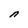
Character: n